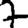
Digit: 7